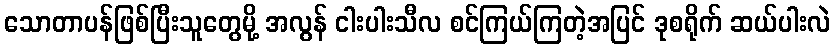
သောတာပန်ဖြစ်ပြီးသူတွေမို့ အလွန် ငါးပါးသီလ စင်ကြယ်ကြတဲ့အပြင် ဒုစရိုက် ဆယ်ပါးလဲ